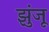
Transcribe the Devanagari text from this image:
झुंजू